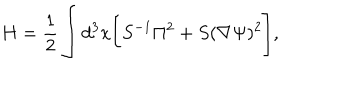
H = \frac { 1 } { 2 } \int d ^ { 3 } x \Biggl [ S ^ { - 1 } \Pi ^ { 2 } + S ( \nabla \Psi ) ^ { 2 } \Biggr ] ,